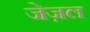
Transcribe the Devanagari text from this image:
जेज़ल